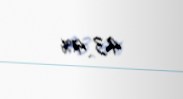
43,4%